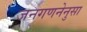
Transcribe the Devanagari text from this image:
जनगणनेनुसा